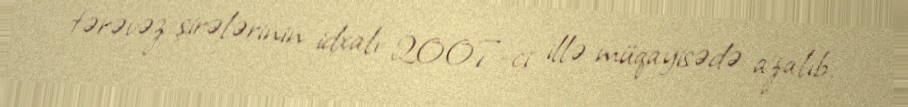
tərəvəz şirələrinin idxalı 2007-ci illə müqayisədə azalıb.